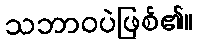
သဘာဝပဲဖြစ်၏။